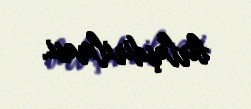
birləşdirilməsi.